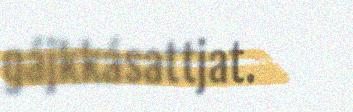
gájkkásattjat.